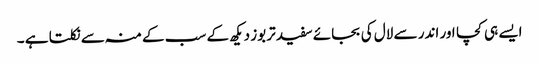
ایسے ہی کچا اور اندر سے لال کی بجائے سفید تربوز دیکھ کے سب کے منہ سے نکلتا ہے ۔